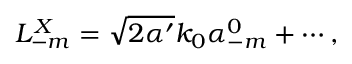
L _ { - m } ^ { X } = \sqrt { 2 \alpha ^ { \prime } } k _ { 0 } \alpha _ { - m } ^ { 0 } + \cdots ,